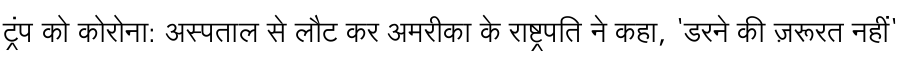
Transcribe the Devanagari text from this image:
ट्रंप को कोरोना: अस्पताल से लौट कर अमरीका के राष्ट्रपति ने कहा, 'डरने की ज़रूरत नहीं'